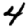
Digit: 4